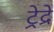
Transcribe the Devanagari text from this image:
ट्रेद्रे